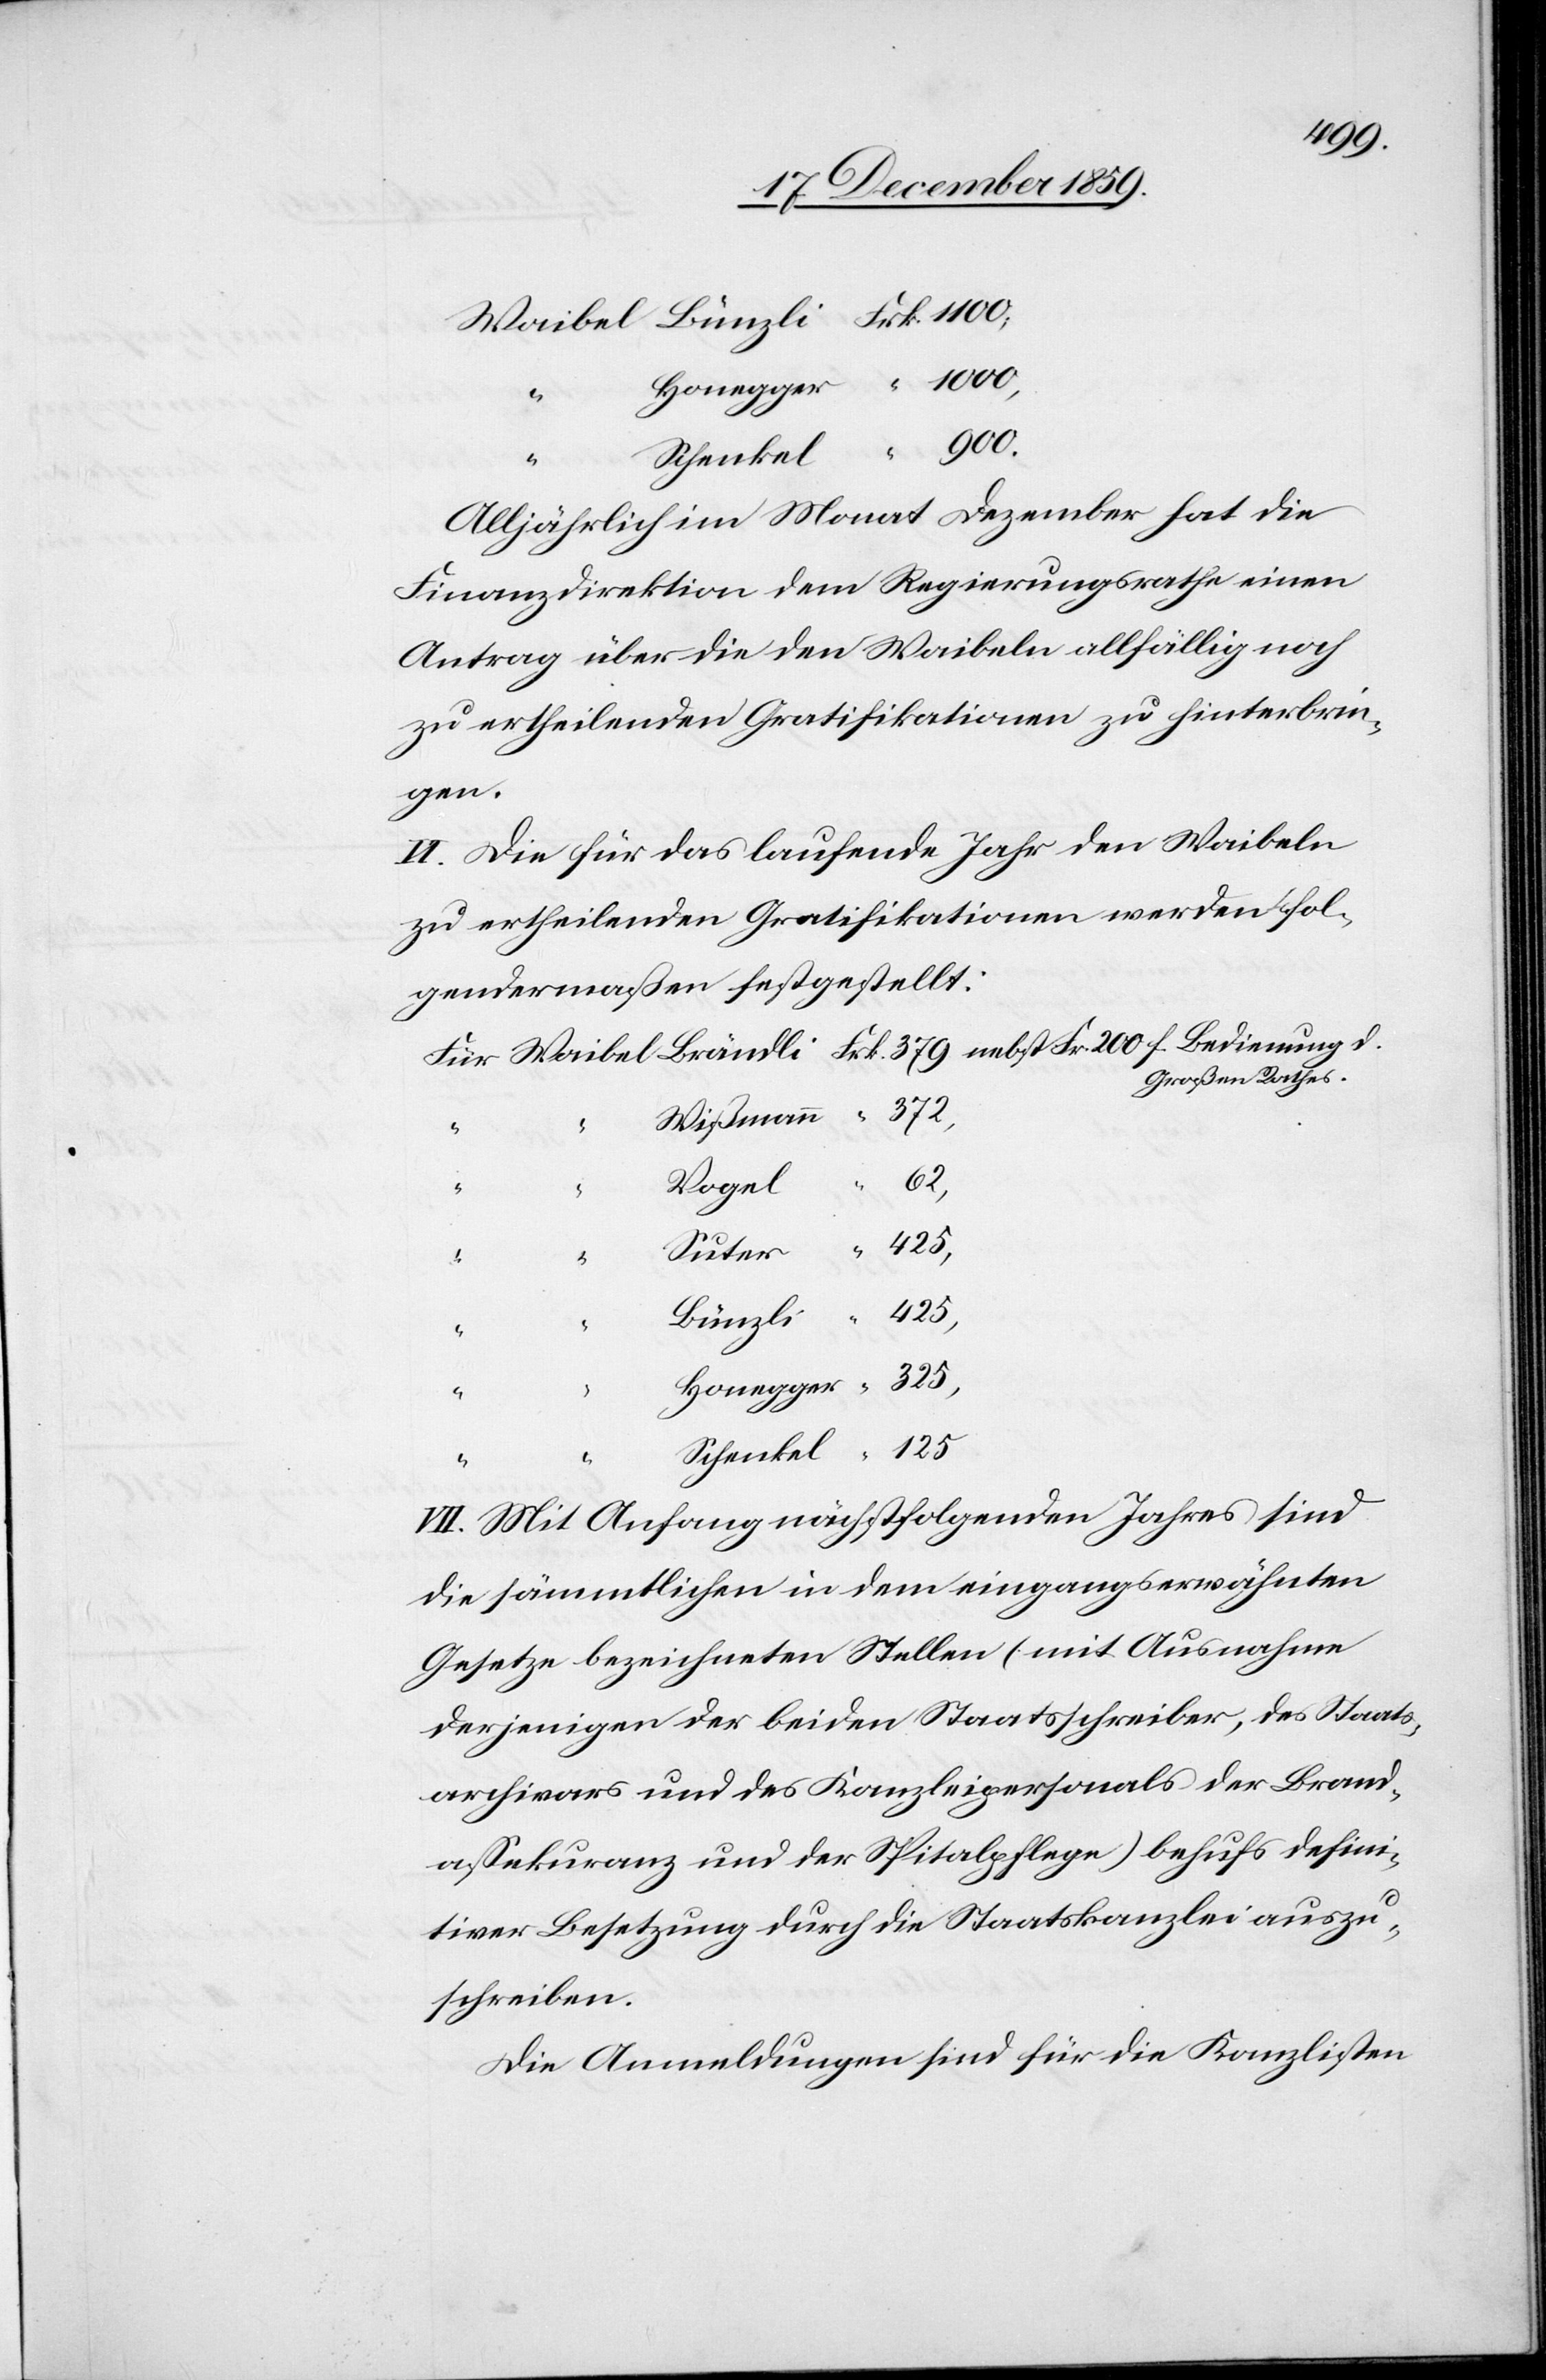
Alljährlich im Monat Dezember hat die
Finanzdirektion dem Regierungsrathe einen
Antrag über die den Waibeln allfällig noch
zu ertheilenden Gratifikationen zu hinterbrin¬
gen.
VI. Die für das laufende Jahr den Waibeln
zu ertheilenden Gratifikationen werden fol¬
gendermaßen festgestellt:
Großen Rathes.
125
62,
Vogel
Honegger
“
VII. Mit Anfang nächstfolgenden Jahres sind
die sämmtlichen in dem eingangserwähnten
Gesetze bezeichneten Stellen (mit Ausnahme
derjenigen der beiden Staatsschreiber, des Staats¬
archivars und des Kanzleipersonals der Brand¬
assekuranz und der Spitalpflege) behufs defini¬
tiver Besetzung durch die Staatskanzlei auszu¬
schreiben.
Die Anmeldungen sind für die Kanzlisten